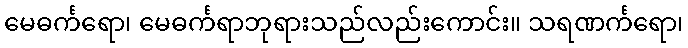
မေဓင်္ကရော၊ မေဓင်္ကရာဘုရားသည်လည်းကောင်း။ သရဏင်္ကရော၊